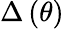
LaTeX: \Delta\left(\theta\right)